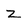
Character: Z